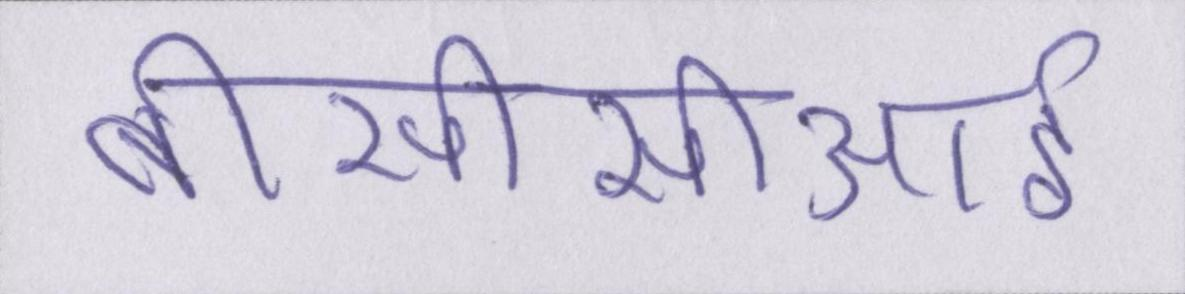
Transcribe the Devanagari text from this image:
बीसीसीआई